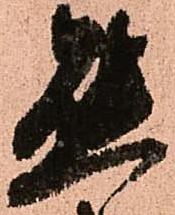
態